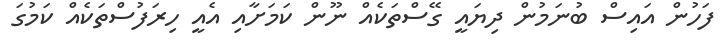
ފަހުން އައިސް ބުނަމުން ދިޔައީ ގޭސްތަކެއް ނޫން ކަމަށާއި އެއީ ހިރަފުސްތަކެއް ކަމުގަ